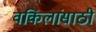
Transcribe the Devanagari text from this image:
वकिलांसाठी